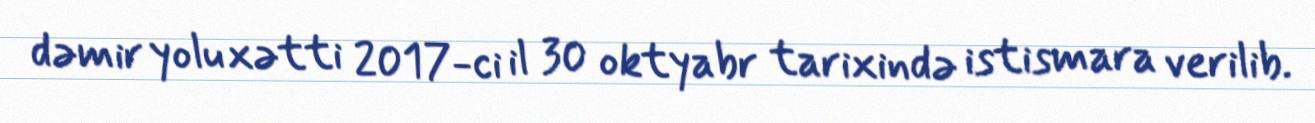
dəmir yolu xətti 2017-ci il 30 oktyabr tarixində istismara verilib.